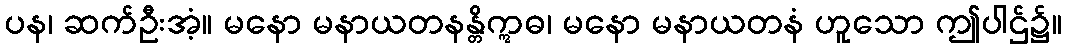
ပန၊ ဆက်ဦးအံ့။ မနော မနာယတနန္တိဣဓ၊ မနော မနာယတနံ ဟူသော ဤပါဌ်၌။